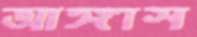
আঙ্গাস